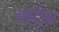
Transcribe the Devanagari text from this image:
गोष्टीुवर